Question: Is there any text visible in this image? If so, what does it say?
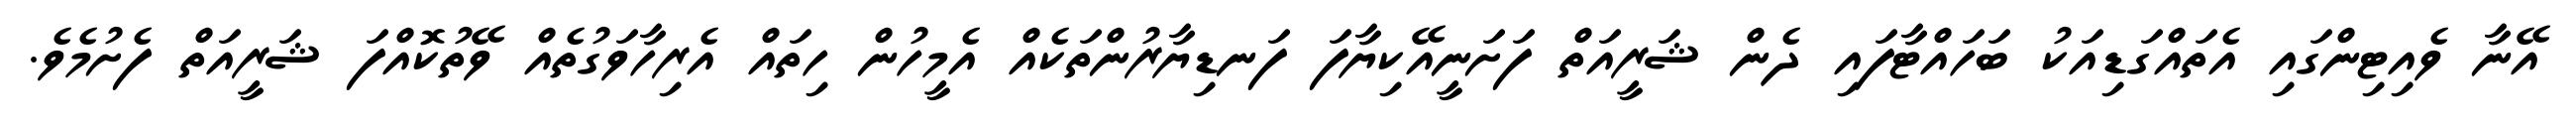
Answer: އޭނާ ވެއިޓިންގައި އެތައްގަޑިއަކު ބަހައްޓާފައި ދެން ޝަރީއަތް ފަށަނީއޭކިޔާފަ ފަނޑިޔާރުންތަކެއް އެމީހުން ހިތައް އެރިހާވަގުތެއް ވޭތުކޮއްފަ ޝަރީއަތް ފެށުމެވެ.